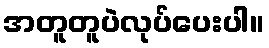
အတူတူပဲလုပ်ပေးပါ။